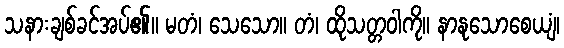
သနားချစ်ခင်အပ်၏။ မတံ၊ သေသော။ တံ၊ ထိုသတ္တဝါကို။ နာနုသောစေယျံ၊